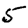
Digit: 5